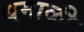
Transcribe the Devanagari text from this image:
धुमाळी